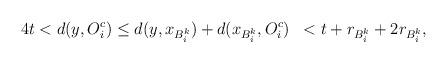
LaTeX: \begin{align*}\begin{aligned}4t&<d(y, O_i^c)\leq d(y, x_{B_i^k}) + d(x_{B_i^k},O_i^c)&<t+r_{B_i^k} + 2r_{B_i^k},\end{aligned}\end{align*}